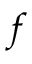
f